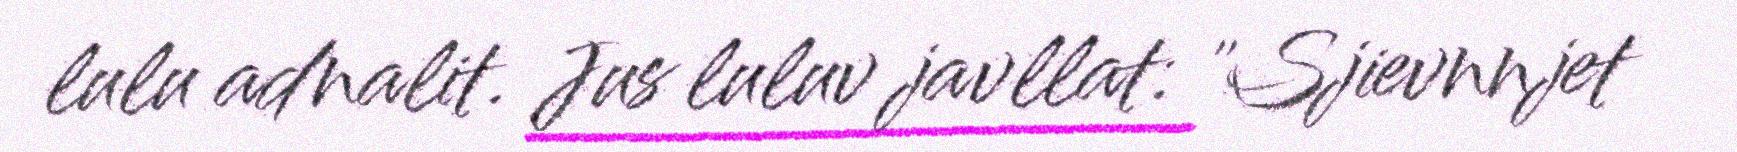
lulu adnalit. Jus luluv javllat: "Sjievnnjet